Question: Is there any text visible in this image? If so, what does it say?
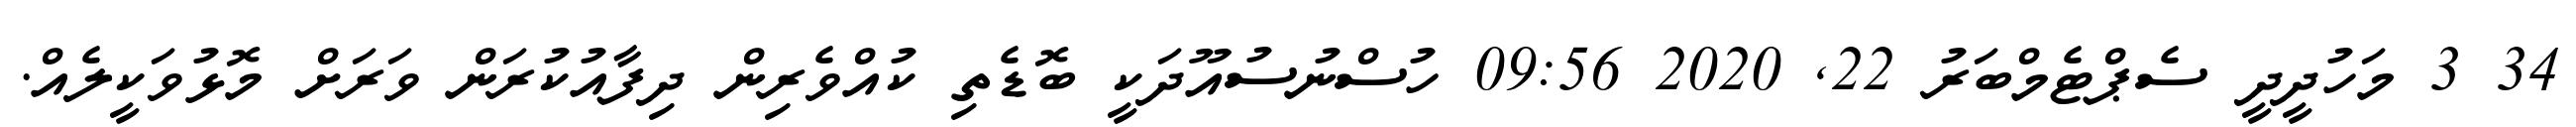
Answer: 34 3 މަހުދީދީ ސެޕްޓެމްބަރު 22, 2020 09:56 ހުސްނުސުއޫދަކީ ބޮޑެތި ކުއްވެރިން ދިފާއުކުރަން ވަރަށް މޮޅުވަކީލެއް.